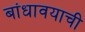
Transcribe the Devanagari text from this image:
बांधावयाची